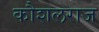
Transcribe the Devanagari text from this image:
कौशलराज